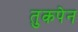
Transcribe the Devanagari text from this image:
तुकपेन